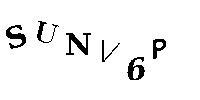
SUNV6P